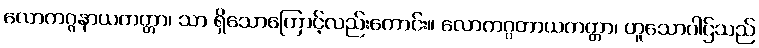
လောကဂ္ဂနာယကတ္တာ၊ သာ ရှိသောကြောင့်လည်းကောင်း။ လောကဂ္ဂတာယကတ္တာ၊ ဟူသောပါဌ်သည်